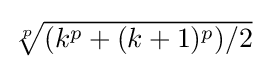
{\textstyle {\sqrt[{p}]{(k^{p}+(k+1)^{p})/2}}}